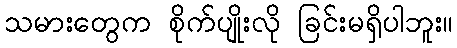
သမားတွေက စိုက်ပျိုးလို ခြင်းမရှိပါဘူး။